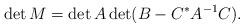
LaTeX: \begin{align*} \det M=\det A \det(B-C^*A^{-1}C).\end{align*}